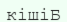
кішіБ